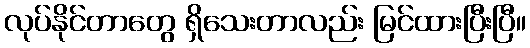
လုပ်နိုင်တာတွေ ရှိသေးတာလည်း မြင်ထားပြီးပြီ။